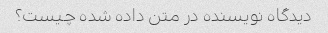
دیدگاه نویسنده در متن داده شده چیست؟